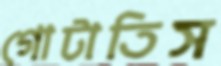
গোটাতিস